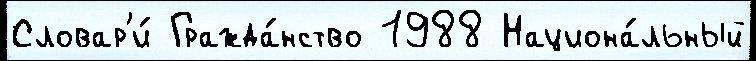
Словар'и́ Гражда́нство 1988 Национа́льный